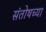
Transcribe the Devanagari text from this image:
संतोषच्या